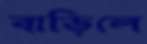
বাড়িলে